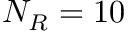
N _ { R } = 1 0